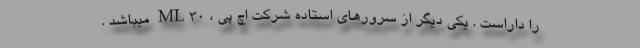
را داراست . یکی دیگر از سرورهای استاده شرکت اچ پی ، ML30 میباشد .